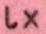
lX